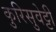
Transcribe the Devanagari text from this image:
कुरिसुवेट्टी